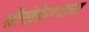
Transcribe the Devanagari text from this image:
श्रीखंडेरायाचा